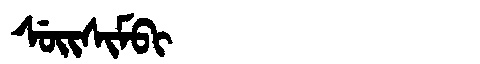
Manchu: ᠰᡠᡳᠰᡳᠮᠪᡳ
Romanization: SUISIMBI